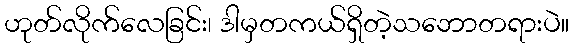
ဟုတ်လိုက်လေခြင်း၊ ဒါမှတကယ်ရှိတဲ့သဘောတရားပဲ။